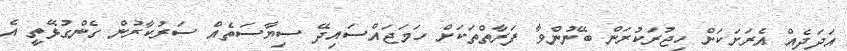
އަދަދެއް އެރަށަކަށް ހިޖުރަކުރަން ބޭނުންވާ ފަރާތްތަކަށް ހަމަޖައްސައިދޭ ސިޔާސަތެއް ސަރުކާރުން ގެންގުޅޭތީ އެ